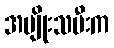
အမျိုးသမီးက